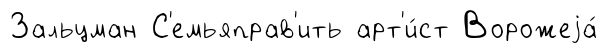
Зальцман С'емьяправ'ить арт'и́ст Ворожеjа́